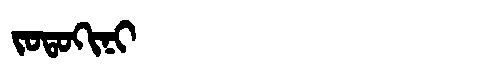
Manchu: ᠵᠣᡨᠣᡴᡳᠨᡳ
Romanization: JOTOKINI